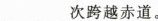
___次跨越赤道。